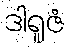
ဒါရူဇံ